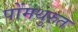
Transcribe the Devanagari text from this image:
पोंमथुरुत